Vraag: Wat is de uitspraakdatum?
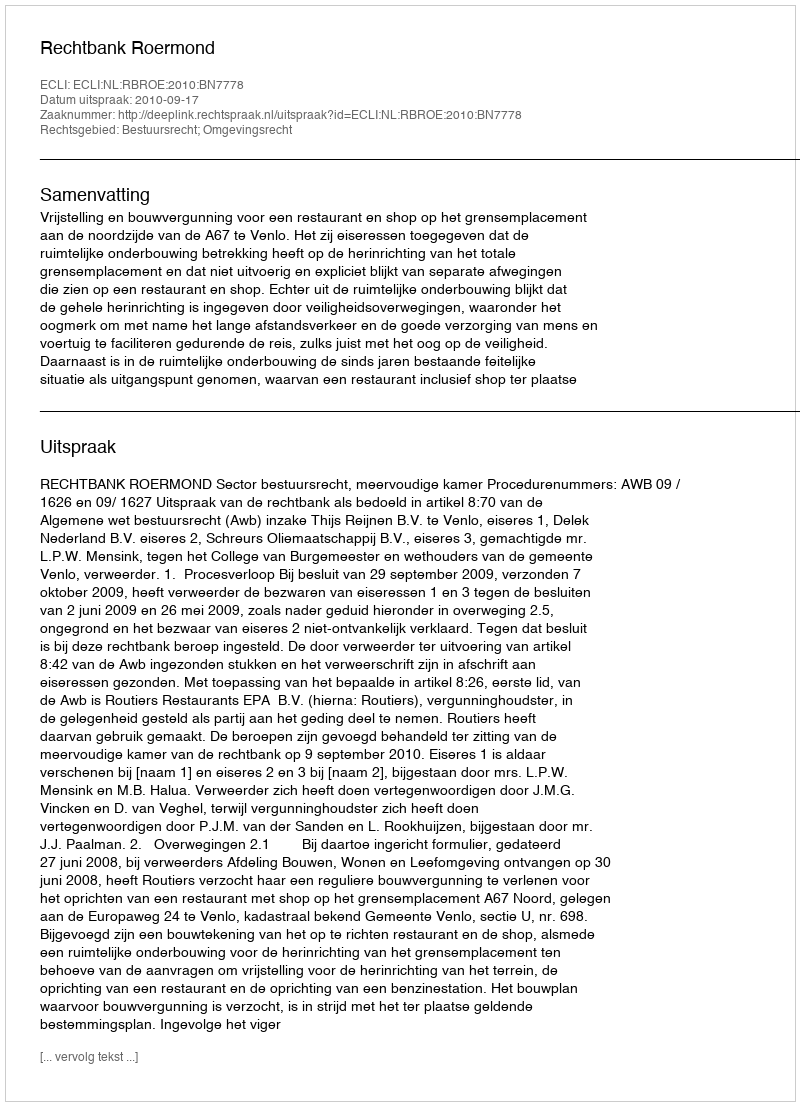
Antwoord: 2010-09-17